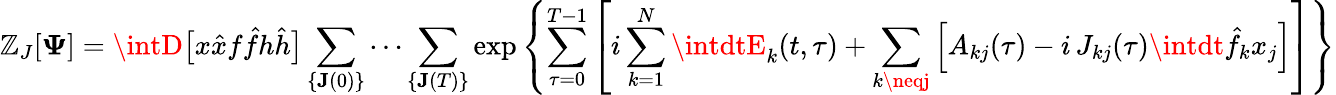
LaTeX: \mathbb{Z}_{J}[\mathbf{{\Psi}}]=\intD\big[x\hat{{x}}f\hat{{f}}h\hat{{h}}\big]\sum_{\{ \mathbf{{J}}(0)\} }\cdots\sum_{\{ \mathbf{{J}}(T)\} }\exp\left\{ \sum_{\tau=0}^{T-1}\left[i\sum_{k=1}^{N}\intdtE_{k}(t,\tau)+\sum_{k\neqj}\Big[A_{kj}(\tau)-i\, J_{kj}(\tau)\intdt\hat{{f}}_{k}x_{j}\Big]\right]\right\}